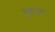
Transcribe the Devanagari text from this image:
गुणांनंतर